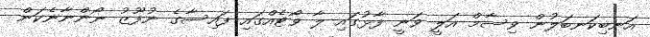
އަނބިކަނބަލުން ވިސާމް އަލީ ވަނީ ފާޅުގައި ލާ ވޯޓެއްގައި ފައިސާގެ ނުފޫޒު ނޯންނާނެކަން